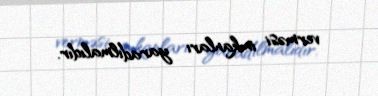
verməsi imkanları yaradılmalıdır.